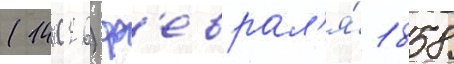
(14 (26) ф'еврал'я́ 1858